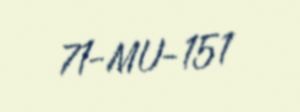
71-MU-151